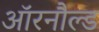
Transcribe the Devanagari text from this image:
ऑरनौल्ड